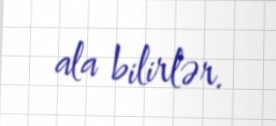
ala bilirlər.